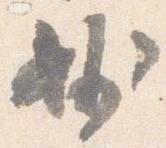
妙